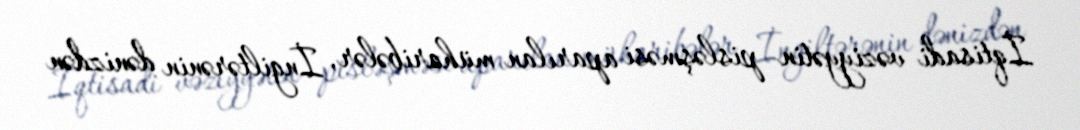
İqtisadi vəziyyətin pisləşməsi aparılan müharibələr, İngiltərənin dənizdən